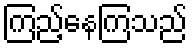
ကြည့်နေကြသည်